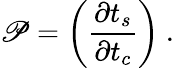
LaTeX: \mathscr{P}=\bigg(\frac{\partial t_{s}}{\partial t_{c}}\bigg)~.